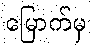
မြောက်မှ